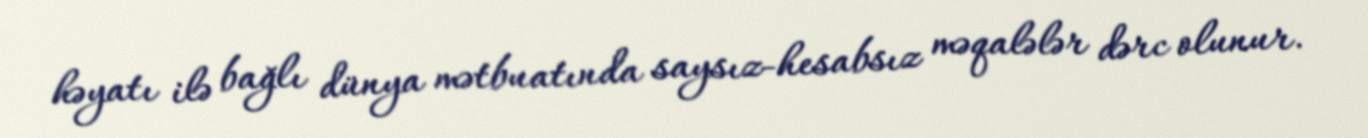
həyatı ilə bağlı dünya mətbuatında saysız-hesabsız məqalələr dərc olunur.